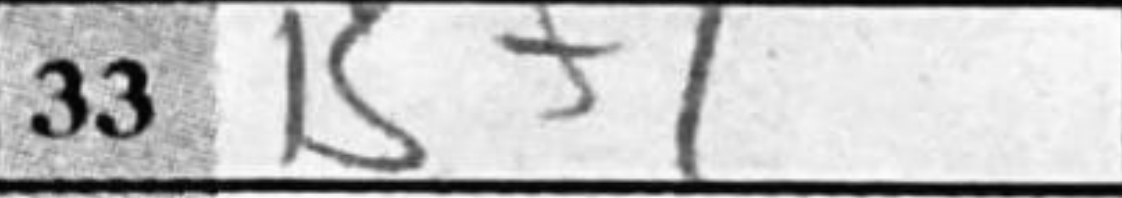
Transcription: K+1